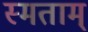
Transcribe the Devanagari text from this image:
स्मताम्